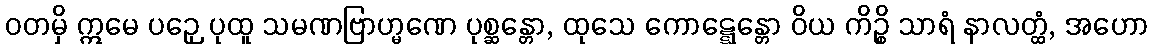
ဝတမှိ ဣမေ ပဉှေ ပုထူ သမဏဗြာဟ္မဏေ ပုစ္ဆန္တော, ထုသေ ကောဋ္ဋေန္တော ဝိယ ကိဉ္စိ သာရံ နာလတ္ထံ, အဟော